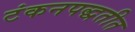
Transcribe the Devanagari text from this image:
टंकनपद्धतीत